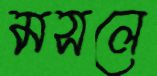
মসলে